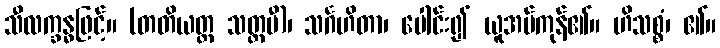
သီလက္ခန္ဓဖြင့်။ (တတိယတ္ထ သတ္တမီ)၊ သင်္ဂဟိတာ၊ ပေါင်း၍ ယူအပ်ကုန်၏။ ဟိသစ္စံ၊ ၏။